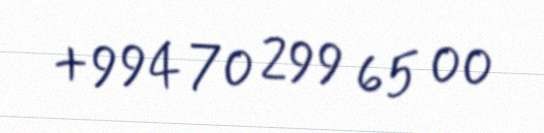
+994 70 299 65 00